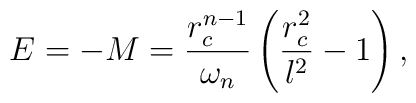
E=-M=\frac{r_c^{n-1}}{\omega_n}\left(\frac{r_c^2}{l^2}-1\right),